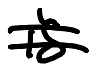
Text: is
Cross-out: double-line
Writing tool: digital_black